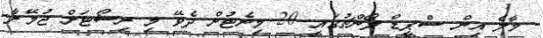
މާލެ އިން ސްޕީޑް ލޯންޗުގައި 20 މިނެޓުން ދެވޭ މި ރިސޯޓަށް ޖުމޭރާ